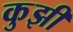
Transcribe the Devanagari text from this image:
कुझी